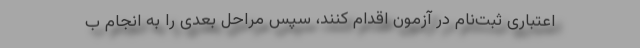
اعتباری ثبت‌نام در آزمون اقدام کنند، سپس مراحل بعدی را به انجام ب